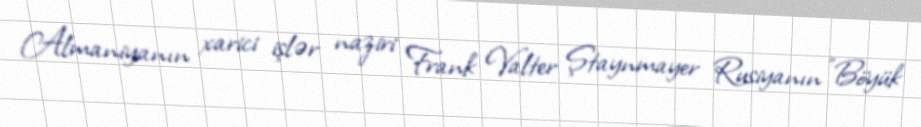
Almaniyanın xarici işlər naziri Frank Valter Ştaynmayer Rusiyanın "Böyük